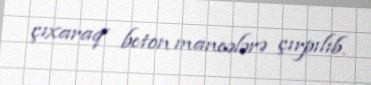
çıxaraq beton maneələrə çırpılıb.